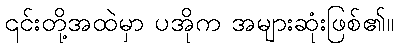
၎င်းတို့အထဲမှာ ပအိုက အများဆုံးဖြစ်၏။